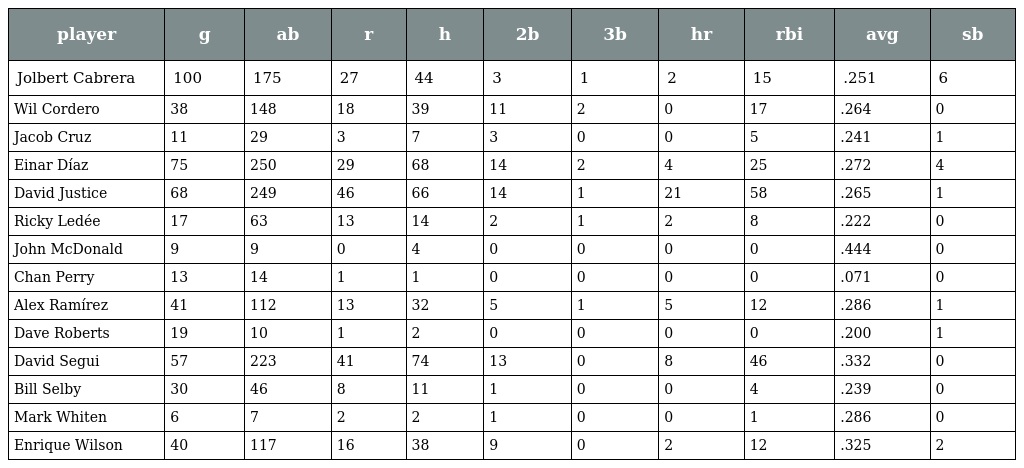
| player | g | ab | r | h | 2b | 3b | hr | rbi | avg | sb |
 | --- | --- | --- | --- | --- | --- | --- | --- | --- | --- | --- |
 | Jolbert Cabrera | 100 | 175 | 27 | 44 | 3 | 1 | 2 | 15 | .251 | 6 |
 | Wil Cordero | 38 | 148 | 18 | 39 | 11 | 2 | 0 | 17 | .264 | 0 |
 | Jacob Cruz | 11 | 29 | 3 | 7 | 3 | 0 | 0 | 5 | .241 | 1 |
 | Einar Díaz | 75 | 250 | 29 | 68 | 14 | 2 | 4 | 25 | .272 | 4 |
 | David Justice | 68 | 249 | 46 | 66 | 14 | 1 | 21 | 58 | .265 | 1 |
 | Ricky Ledée | 17 | 63 | 13 | 14 | 2 | 1 | 2 | 8 | .222 | 0 |
 | John McDonald | 9 | 9 | 0 | 4 | 0 | 0 | 0 | 0 | .444 | 0 |
 | Chan Perry | 13 | 14 | 1 | 1 | 0 | 0 | 0 | 0 | .071 | 0 |
 | Alex Ramírez | 41 | 112 | 13 | 32 | 5 | 1 | 5 | 12 | .286 | 1 |
 | Dave Roberts | 19 | 10 | 1 | 2 | 0 | 0 | 0 | 0 | .200 | 1 |
 | David Segui | 57 | 223 | 41 | 74 | 13 | 0 | 8 | 46 | .332 | 0 |
 | Bill Selby | 30 | 46 | 8 | 11 | 1 | 0 | 0 | 4 | .239 | 0 |
 | Mark Whiten | 6 | 7 | 2 | 2 | 1 | 0 | 0 | 1 | .286 | 0 |
 | Enrique Wilson | 40 | 117 | 16 | 38 | 9 | 0 | 2 | 12 | .325 | 2 |